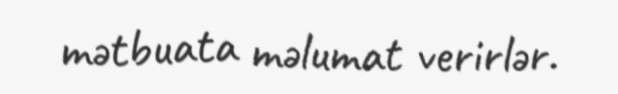
mətbuata məlumat verirlər.